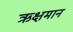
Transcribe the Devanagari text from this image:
ऋक्षमान